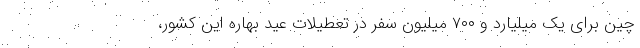
چین برای یک میلیارد و ۷۰۰ میلیون سفر در تعطیلات عید بهاره این کشور،